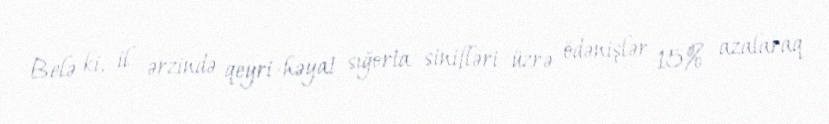
Belə ki, il ərzində qeyri-həyat sığorta sinifləri üzrə ödənişlər 15% azalaraq